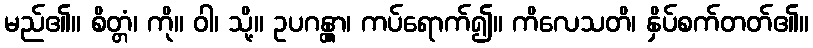
မည်၏။ စိတ္တံ၊ ကို။ ဝါ၊ သို့။ ဥပဂန္တွာ၊ ကပ်ရောက်၍။ ကိလေသတိ၊ နှိပ်စက်တတ်၏။